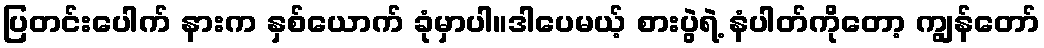
ပြတင်းပေါက် နားက နှစ်ယောက် ခုံမှာပါ။ဒါပေမယ့် စားပွဲရဲ့ နံပါတ်ကိုတော့ ကျွန်တော်